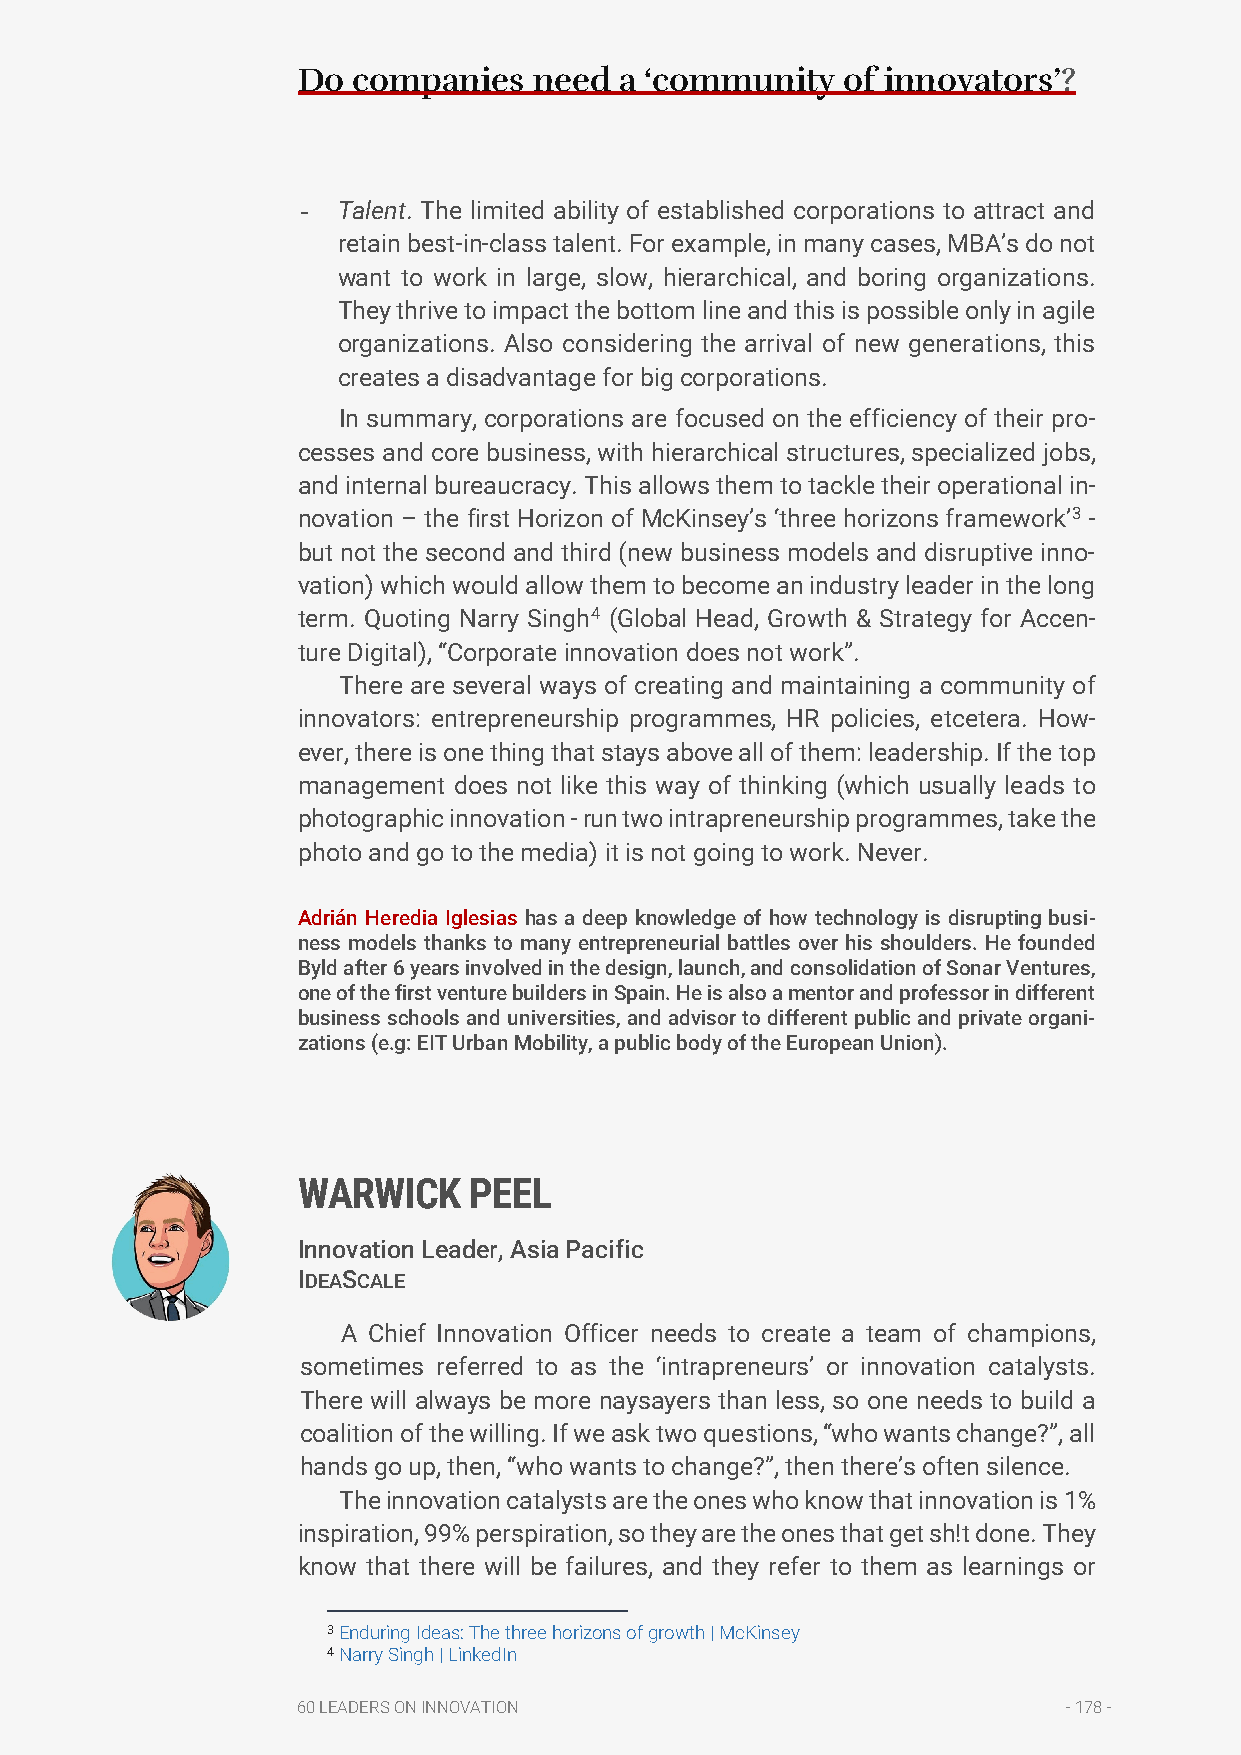
Do companies   need  a ‘community   of innovators’?
 - Talent. The limited ability of established corporations to attract and
 retain best-in-class talent. For example, in many cases, MBA’s do not
 want to work in large, slow, hierarchical, and boring organizations.
 They thrive to impact the bottom line and this is possible only in agile
 organizations. Also considering the arrival of new generations, this
 creates a disadvantage for big corporations.
 In summary, corporations are focused on the efficiency of their pro-
 cesses and core business, with hierarchical structures, specialized jobs,
 and internal bureaucracy. This allows them to tackle their operational in-
 novation – the first Horizon of McKinsey’s ‘three horizons framework’3 -
 but not the second and third (new business models and disruptive inno-
 vation) which would allow them to become an industry leader in the long
 term. Quoting Narry Singh4 (Global Head, Growth & Strategy for Accen-
 ture Digital), “Corporate innovation does not work”.
 There are several ways of creating and maintaining a community of
 innovators: entrepreneurship programmes, HR policies, etcetera. How-
 ever, there is one thing that stays above all of them: leadership. If the top
 management does not like this way of thinking (which usually leads to
 photographic innovation - run two intrapreneurship programmes, take the
 photo and go to the media) it is not going to work. Never.
 Adrián Heredia Iglesias has a deep knowledge of how technology is disrupting busi-
 ness models thanks to many entrepreneurial battles over his shoulders. He founded
 Byld after 6 years involved in the design, launch, and consolidation of Sonar Ventures,
 one of the first venture builders in Spain. He is also a mentor and professor in different
 business schools and universities, and advisor to different public and private organi-
 zations (e.g: EIT Urban Mobility, a public body of the European Union).
 WARWICK    PEEL
 Innovation Leader, Asia Pacific
 IDEASCALE
 A Chief Innovation Officer needs to create a team of champions,
 sometimes referred to as the ‘intrapreneurs’ or innovation catalysts.
 There will always be more naysayers than less, so one needs to build a
 coalition of the willing. If we ask two questions, “who wants change?”, all
 hands go up, then, “who wants to change?”, then there’s often silence.
 The innovation catalysts are the ones who know that innovation is 1%
 inspiration, 99% perspiration, so they are the ones that get sh!t done. They
 know that there will be failures, and they refer to them as learnings or
 3 Enduring Ideas: The three horizons of growth | McKinsey
 4 Narry Singh | LinkedIn
 60 LEADERS ON INNOVATION                           - 178 -